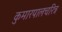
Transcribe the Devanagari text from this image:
कुमारपालचरित्र